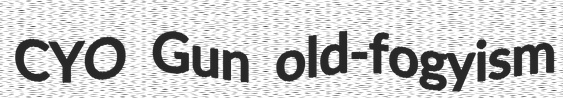
CYO Gun old-fogyism